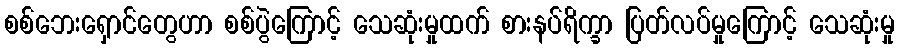
စစ်ဘေးရှောင်တွေဟာ စစ်ပွဲကြောင့် သေဆုံးမှုထက် စားနပ်ရိက္ခာ ပြတ်လပ်မှုကြောင့် သေဆုံးမှု